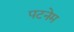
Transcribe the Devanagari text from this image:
पटनेम